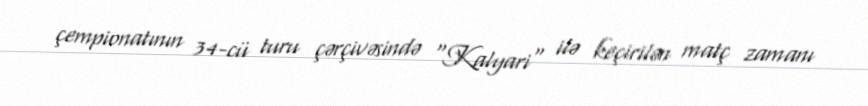
çempionatının 34-cü turu çərçivəsində "Kalyari" ilə keçirilən matç zamanı